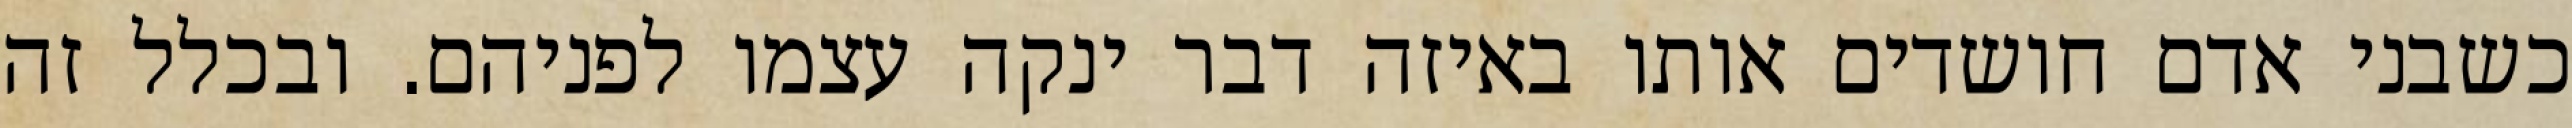
כשבני אדם חושדים אותו באיזה דבר ינקה עצמו לפניהם. ובכלל זה